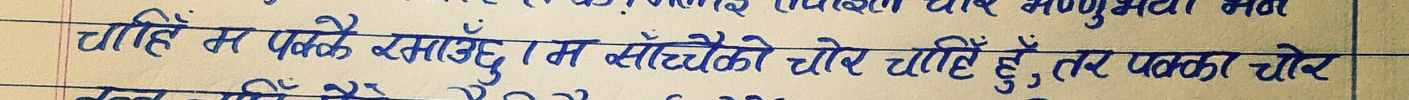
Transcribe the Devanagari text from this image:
चाहिए म पकडे रसाउछु म साँच्चको चोरें चाहिएँ हुँ, तर पक्का चोर